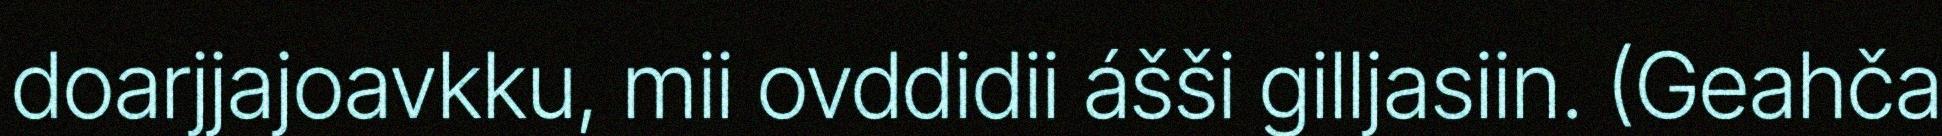
doarjjajoavkku, mii ovddidii ášši gilljasiin. (Geahča